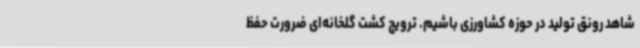
شاهد رونق تولید در حوزه کشاورزی باشیم. ترویج کشت گلخانه‌ای ضرورت حفظ